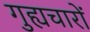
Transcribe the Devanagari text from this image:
गुह्यचारों